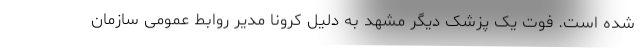
شده است. فوت یک پزشک دیگر مشهد به دلیل کرونا مدیر روابط عمومی سازمان